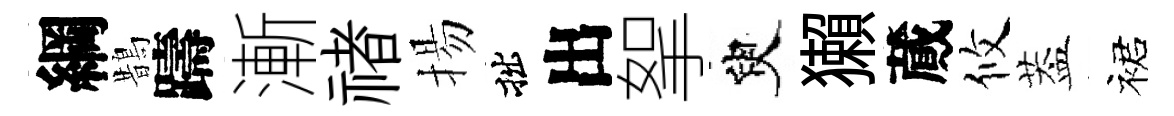
綱鵲躊漸禇揚拙出挐臾獺蕆攸葢裙